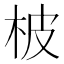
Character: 柀